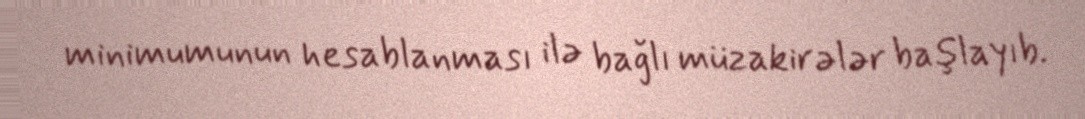
minimumunun hesablanması ilə bağlı müzakirələr başlayıb.